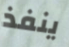
ينفذ